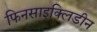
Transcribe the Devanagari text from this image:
फिनसाइक्लिडीन